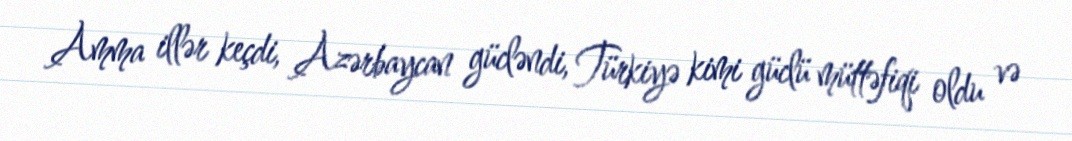
Amma illər keçdi, Azərbaycan gücləndi, Türkiyə kimi güclü müttəfiqi oldu və